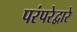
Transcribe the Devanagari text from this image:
परंपरेद्वारे